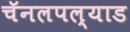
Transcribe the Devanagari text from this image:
चॅनलपल्याड